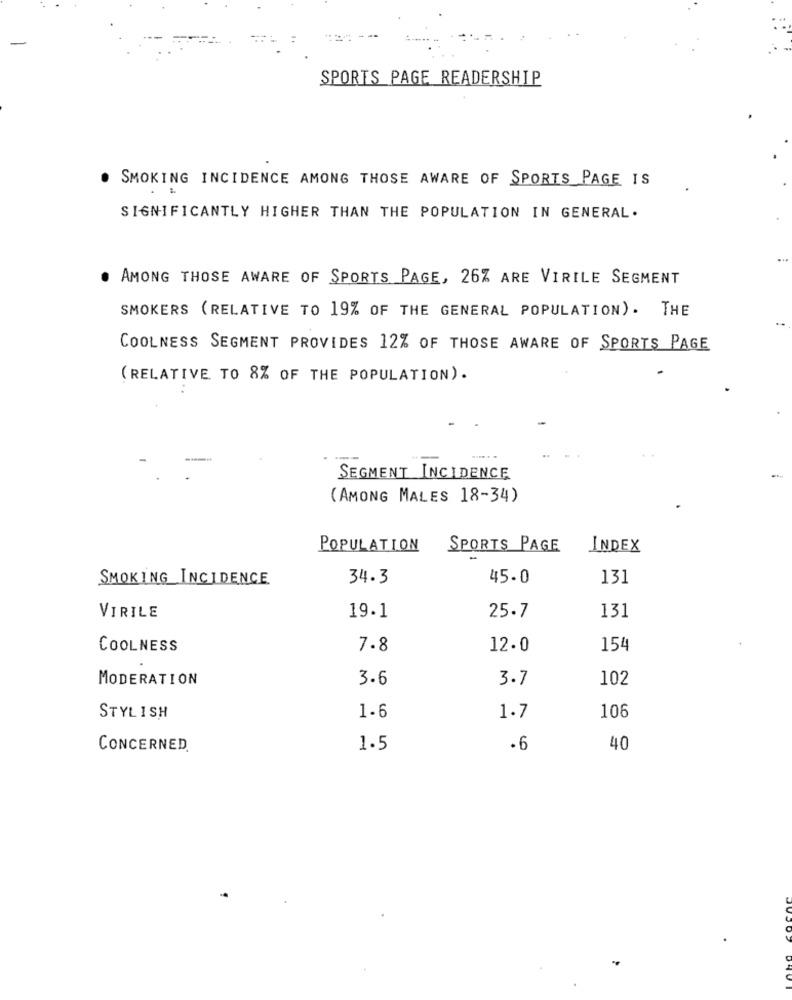
SPORTS PAGE READERSHIP
SMOKING INCIDENCE AMONG THOSE AWARE OF SPORTS PAGE IS
SIGNIFICANTLY HIGHER THAN THE POPULATION IN GENERAL.
. AMONG THOSE AWARE OF SPORTS PAGE, 26% ARE VIRILE SEGMENT
SMOKERS (RELATIVE TO 19% OF THE GENERAL POPULATION). THE
COOLNESS SEGMENT PROVIDES 12% OF THOSE AWARE OF SPORTS PAGE
(RELATIVE TO 8% OF THE POPULATION).
SEGMENT INCIDENCE
(AMONG MALES 18-34)
POPULATION
SPORTS PAGE
INDEX
SMOKING INCIDENCE
34.3
45.0
131
131
VIRILE
19.1
25.7
COOLNESS
7.8
12.0
154
MODERATION
3.6
3.7
102
106
STYLISH
1.6
1.7
CONCERNED
1.5
.6
40